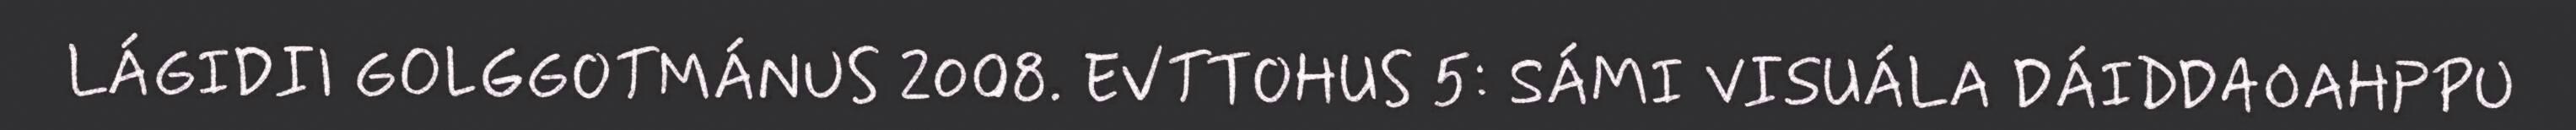
LÁGIDII GOLGGOTMÁNUS 2008. EVTTOHUS 5: SÁMI VISUÁLA DÁIDDAOAHPPU